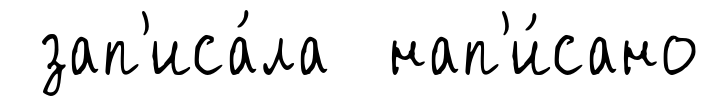
зап'иса́ла нап'и́сано